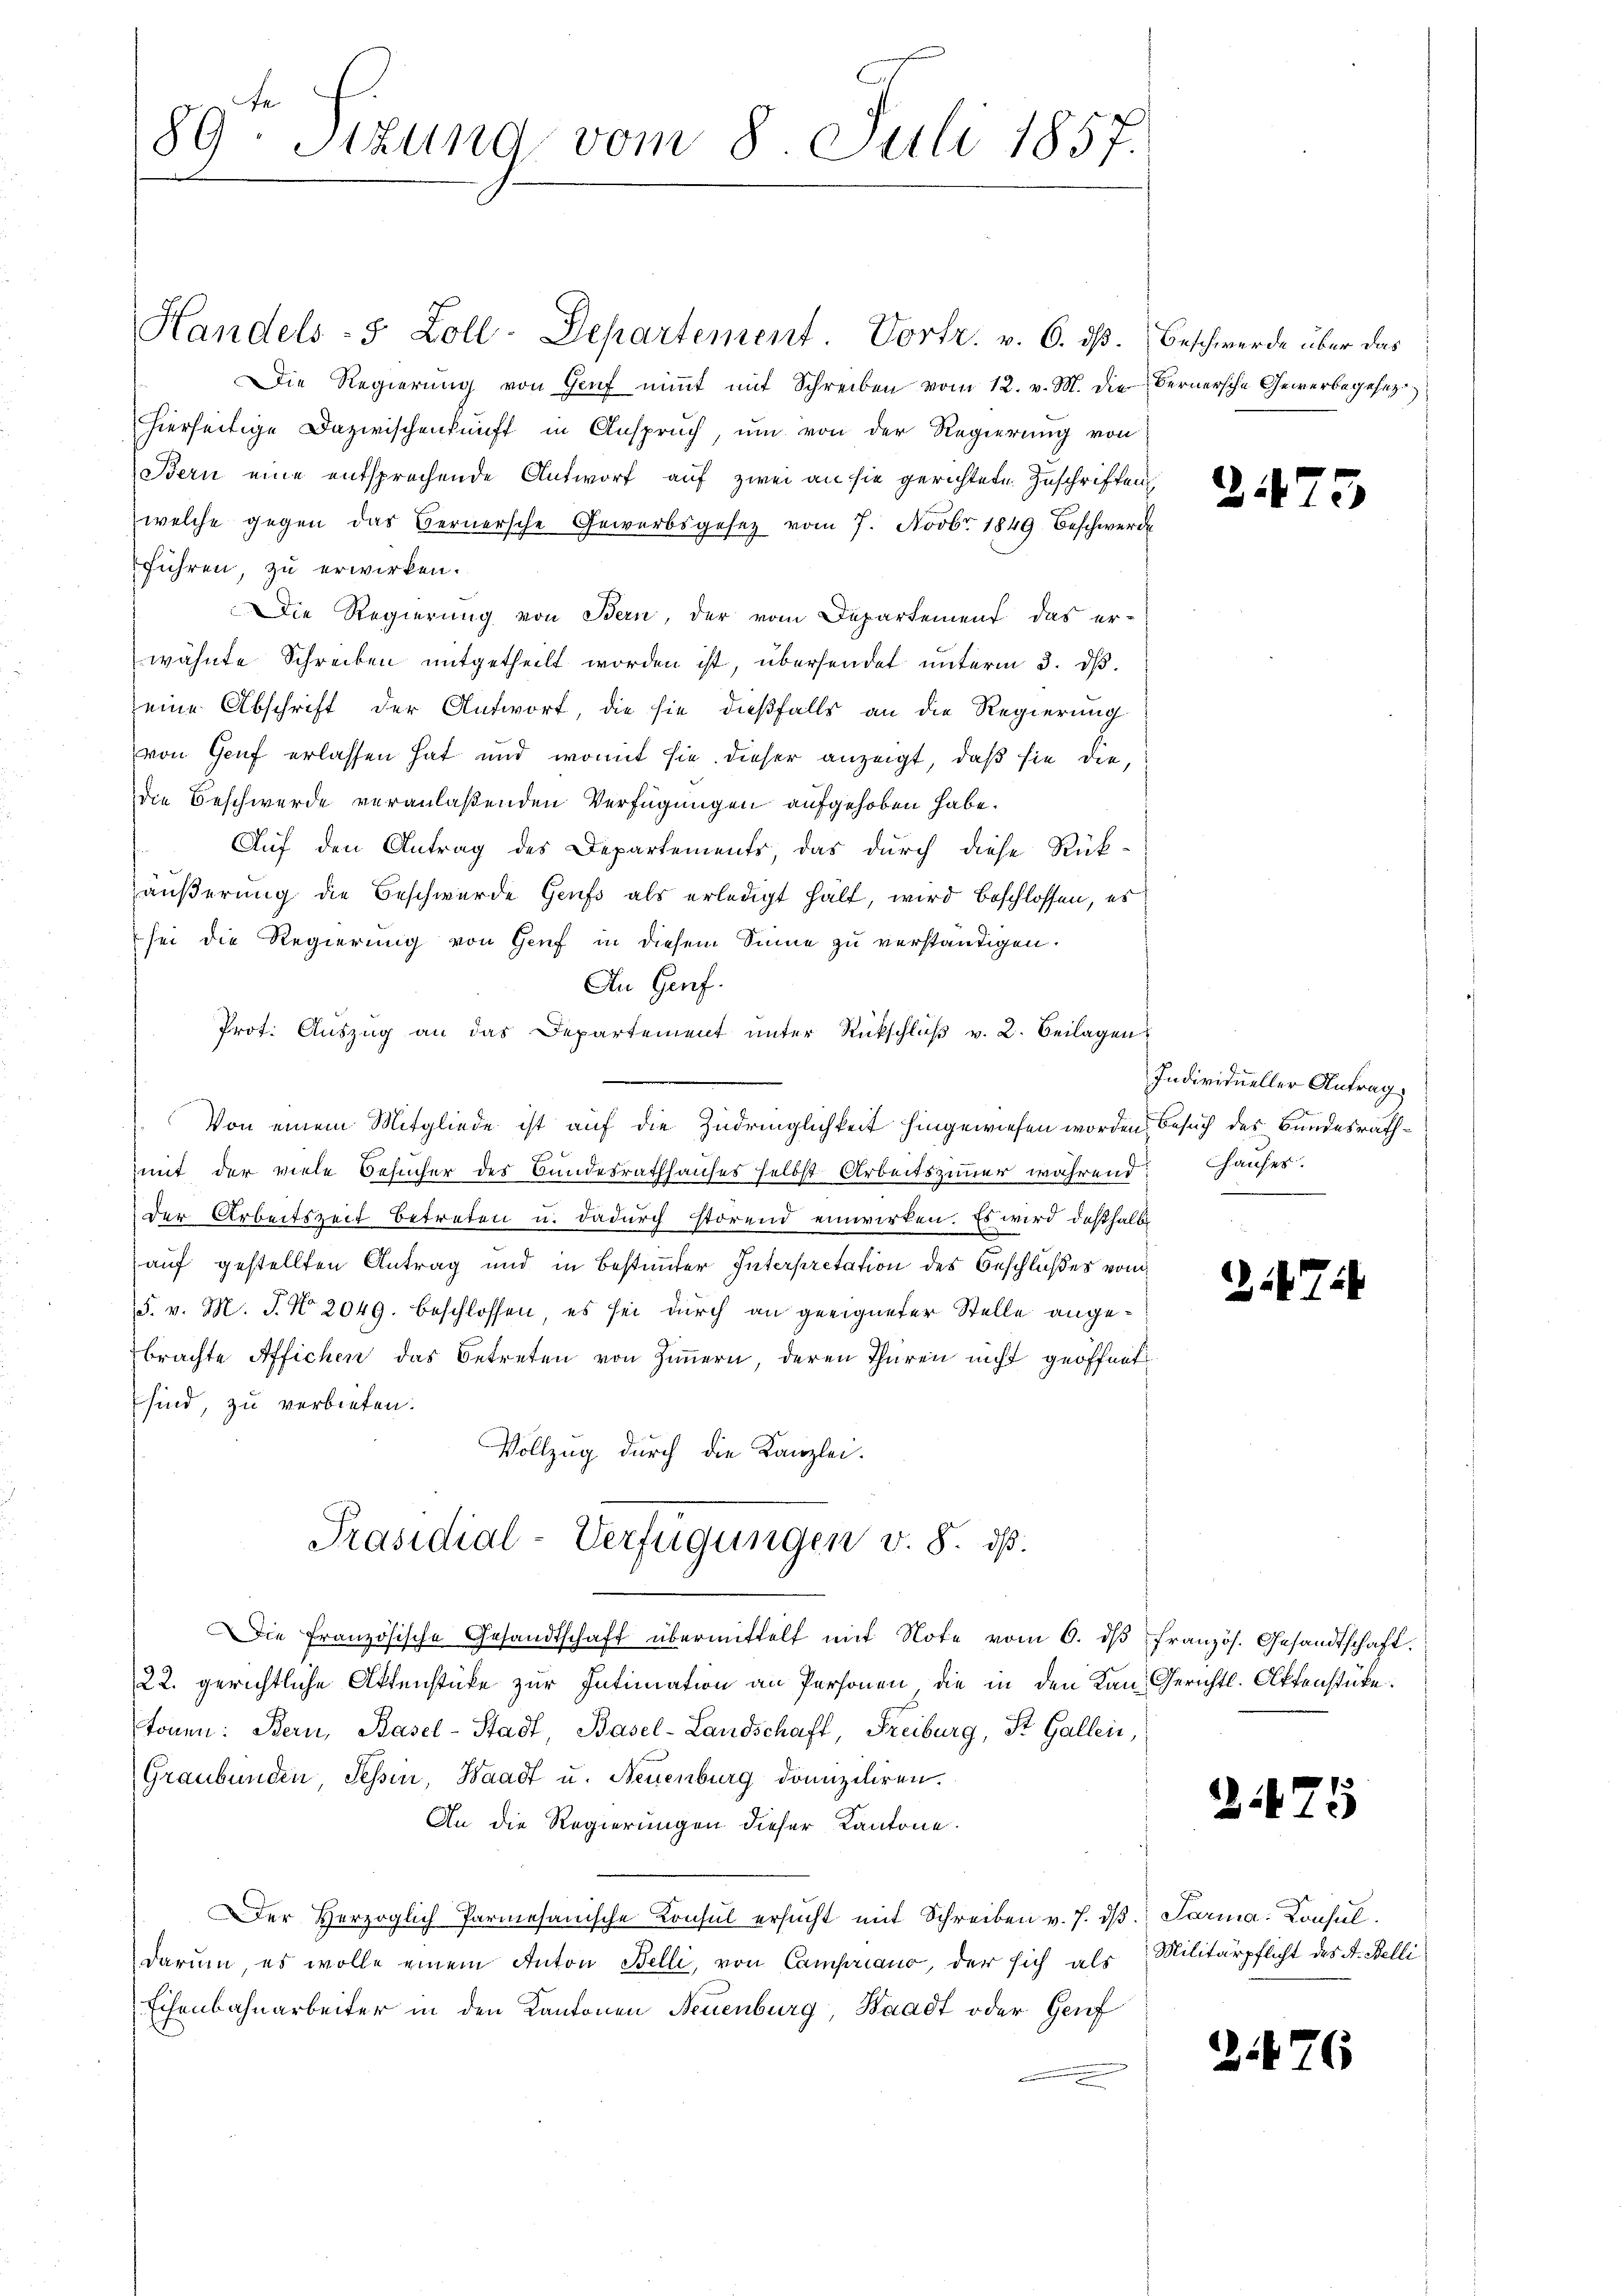
89. Sitzung vom 8. Juli 1857.

Handels- 5 Zoll-Departement. Vortr. v. 6. dß. Beschwerde über das
Die Regierŭng von Genf niṁt mit Schreiben vom 12. v. M. die Bernersche Gewerbegesez
hierseitige Dazwischenkunft in Anspruch, um von der Regierung von
Bern eine entsprechende Antworf auf zwei an sie gerichtete Zuschrifteng
welche gegen das Bernersche Gewerbsgesetz vom 7. Novbr. 1849 beschwerde
führen, zu erwirken.
Die Regierung von Bern, der vom Departement das er-
wähnte Schreiben mitgetheilt worden ist, übersendet unterm 3. d.
eine Abschrift der Antwort, die sie dießfalls an die Regierung
von Genf erlassen hat und womit sie dieser anzeigt, daß sie die
die Beschwerde veranlaßenden Verfügungen aufgehoben habe.
Auf den Antrag des Departements, das durch diese Rück-
Häußerung die Beschwerde Genfs als erledigt hält, wird beschlossen, es
sei die Regierung von Genf in diesem Sinne zu verständigen.
An Genf.
Prot. Auszug an das Departement unter Rückschluß v. 2. Beilagens
Von einem Mitgliede ist auf die Zudringlichkeit hingewiesen worden. Besuch des Bundesrathmit der viele Behufer des Bundesrathhauses selbst Arbeitszimmer während Hauses.
der Arbeitszeit betreten u. dadurch störend einwirken. Es wird deßhalb
auf gestellten Antrag und in Bestimmter Interpretation des Beschlußes vom
F. v. M. P. Nr. 2049. beschlossen, es sei durch an geeigneter Stelle angebrachte Affichen das Betreten von Zimmern, deren Thüren nicht geöffnet
sind, zu verbieten.
Vollzug durch die Kanzlei.
Präsidial-Verfügungen v. 8. dß.
Die französische Gesandtschaft übermittelt mit Note vom 6. dβ französ. Gesandtschaft.
22. gerichtliche Aktenstücke zur Intimation an Personen, die in den Kan-Gerichtl. Aktenstücke.
tonen: Bern, Basel-Stadt, Basel-Landschaft, Freiburg, St. Gallen,
Graubünden, Tessin, Waadt u. Neuenburg domiziliren.
An die Regierungen dieser Kantone.
Der Herzoglich Parmesanische Konsul ersŭcht mit Schreiben v. J. dβ. Parma: Consuldarum, es wolle einem Anton Belli, von Campniano, der sich als Militärpflicht des A. Belli
Eisenbahnarbeiter in den Kantonen Neuenburg, Waadt oder Genf

23

3

Individueller Antrag

i

2425

2476